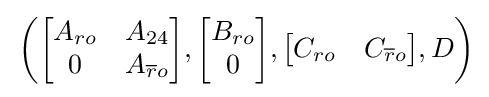
\,\left({\begin{bmatrix}A_{ro}&A_{24}\\0&A_{{\overline {r}}o}\end{bmatrix}},{\begin{bmatrix}B_{ro}\\0\end{bmatrix}},{\begin{bmatrix}C_{ro}&C_{{\overline {r}}o}\end{bmatrix}},D\right)